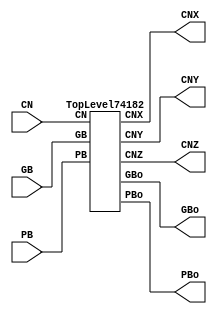
/****************************************************************************
 *                                                                          *
 *  VERILOG HIGH-LEVEL DESCRIPTION OF THE TI 74182 CIRCUIT                  *
 *                                                                          *
 *  Function: Carry Lookahead Generator                                     *
 *                                                                          *
 *  Written by: Mark C. Hansen                                              *
 *                                                                          *
 *                                                                          *
 ****************************************************************************/

module Circuit74182 (CN, PB, GB, PBo, GBo, CNX, CNY, CNZ);

  input[3:0]    PB, GB;
  input	        CN;

  output	PBo, GBo, CNX, CNY, CNZ;
	
  TopLevel74182 Ckt74182 (CN, PB, GB, PBo, GBo, CNX, CNY, CNZ);

endmodule /* Circuit74182 */

/*************************************************************************/

module TopLevel74182 (CN, PB, GB, PBo, GBo, CNX, CNY, CNZ);

  input[3:0]	PB, GB;
  input         CN;

  output	PBo, GBo, CNX, CNY, CNZ;

  not CNBgate(CNB, CN);

  and PB0GB0gate(PB0GB0, PB[0], GB[0]);
  and CNBGB0gate(CNBGB0, CNB, GB[0]);

  and PB1GB1gate(PB1GB1, PB[1], GB[1]);
  and PB0GB01gate(PB0GB01, PB[0], GB[0], GB[1]);
  and CNBGB01gate(CNBGB01, CNB, GB[0], GB[1]);

  and PB2GB2gate(PB2GB2, PB[2], GB[2]);
  and PB1GB12gate(PB1GB12, PB[1], GB[1], GB[2]);
  and PB0GB012gate(PB0GB012, PB[0], GB[0], GB[1], GB[2]);
  and CNBGB012gate(CNBGB012, CNB, GB[0], GB[1], GB[2]);

  and PB3GB3gate(PB3GB3, PB[3], GB[3]);
  and PB2GB23gate(PB2GB23, PB[2], GB[2], GB[3]);
  and PB1GB123gate(PB1GB123, PB[1], GB[1], GB[2], GB[3]);
  and GB0123gate(GB0123, GB[0], GB[1], GB[2], GB[3]);

  or PBogate(PBo,PB[0],PB[1],PB[2],PB[3]);

  or GBogate(GBo,PB3GB3,PB2GB23,PB1GB123,GB0123);

  nor CNZgate(CNZ,PB2GB2,PB1GB12,PB0GB012,CNBGB012);

  nor CNYgate(CNY,PB1GB1,PB0GB01,CNBGB01);

  nor CNXgate(CNX,PB0GB0,CNBGB0);


endmodule /* TopLevel74182 */